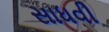
સાધવી